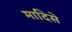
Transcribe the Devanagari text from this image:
मादिसे